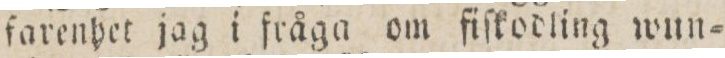
farenhet jag i fråga om fiſkodling wun=